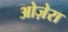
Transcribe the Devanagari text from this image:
ओज़ेरा